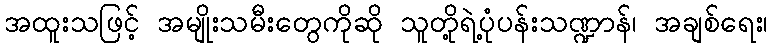
အထူးသဖြင့် အမျိုးသမီးတွေကိုဆို သူတို့ရဲ့ပုံပန်းသဏ္ဍာန်၊ အချစ်ရေး၊